Annual administration report of the Civil Veterinary Department of India - 1896-1897
Year: 1896
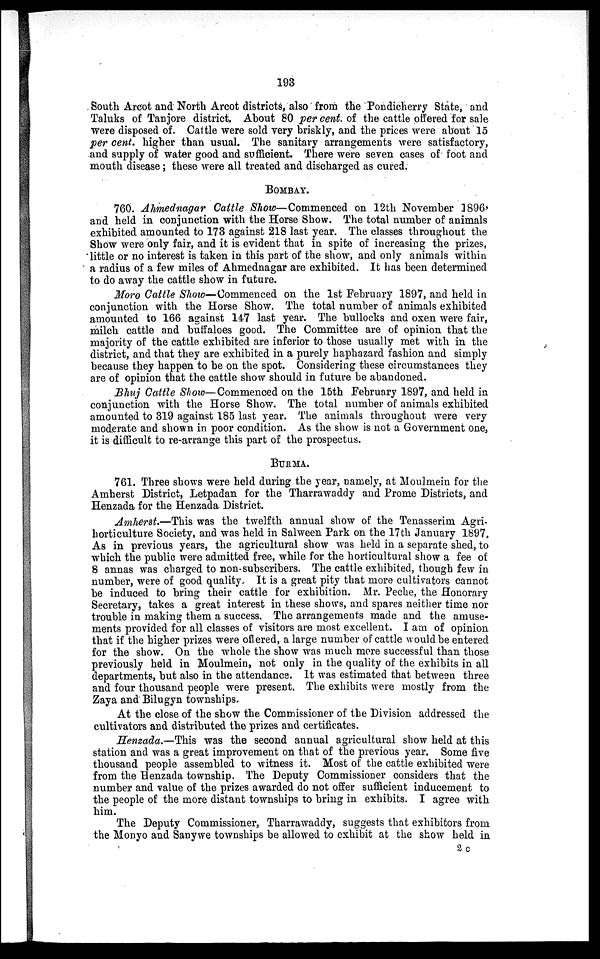
193
South Arcot and North Arcot districts, also from the Pondicherry State, and
Taluks of Tanjore district. About 80 per cent. of the cattle offered for sale
were disposed of. Cattle were sold very briskly, and the prices were about 15
per cent. higher than usual. The sanitary arrangements were satisfactory,
and supply of water good and sufficient. There were seven cases of foot and
mouth disease; these were all treated and discharged as cured.
BOMBAY.
760. Ahmednagar Cattle Show—Commenced on 12th November 1896,
and held in conjunction with the Horse Show. The total number of animals
exhibited amounted to 173 against 218 last year. The classes throughout the
Show were only fair, and it is evident that in spite of increasing the prizes,
little or no interest is taken in this part of the show, and only animals within
a radius of a few miles of Ahmednagar are exhibited. It has been determined
to do away the cattle show in future.
Moro Cattle Show—Commenced on the 1st February 1897, and held in
conjunction with the Horse Show. The total number of animals exhibited
amounted to 166 against 147 last year. The bullocks and oxen were fair,
milch cattle and buffaloes good. The Committee are of opinion that the
majority of the cattle exhibited are inferior to those usually met with in the
district, and that they are exhibited in a purely haphazard fashion and simply
because they happen to be on the spot. Considering these circumstances they
are of opinion that the cattle show should in future be abandoned.
Bhuj Cattle Show—Commenced on the 15th February 1897, and held in
conjunction with the Horse Show. The total number of animals exhibited
amounted to 319 against 185 last year. The animals throughout were very
moderate and shown in poor condition. As the show is not a Government one,
it is difficult to re-arrange this part of the prospectus.
BURMA.
761. Three shows were held during the year, namely, at Moulmein for the
Amherst District, Letpadan for the Tharrawaddy and Prome Districts, and
Henzada for the Henzada District.
Amherst.—This was the twelfth annual show of the Tenasserim Agri-
horticulture Society, and was held in Salween Park on the 17th January 1897.
As in previous years, the agricultural show was held in a separate shed, to
which the public were admitted free, while for the horticultural show a fee of
8 annas was charged to non-subscribers. The cattle exhibited, though few in
number, were of good quality. It is a great pity that more cultivators cannot
be induced to bring their cattle for exhibition. Mr. Peche, the Honorary
Secretary, takes a great interest in these shows, and spares neither time nor
trouble in making them a success. The arrangements made and the amuse-
ments provided for all classes of visitors are most excellent. I am of opinion
that if the higher prizes were oflered, a large number of cattle would be entered
for the show. On the whole the show was much more successful than those
previously held in Moulmein, not only in the quality of the exhibits in all
departments, but also in the attendance. It was estimated that between three
and four thousand people were present. The exhibits were mostly from the
Zaya and Bilugyn townships.
At the close of the show the Commissioner of the Division addressed the
cultivators and distributed the prizes and certificates.
Henzada.—This was the second annual agricultural show held at this
station and was a great improvement on that of the previous year. Some five
thousand people assembled to witness it. Most of the cattle exhibited were
from the Henzada township. The Deputy Commissioner considers that the
number and value of the prizes awarded do not offer sufficient inducement to
the people of the more distant townships to bring in exhibits. I agree with
him.
The Deputy Commissioner, Tharrawaddy, suggests that exhibitors from
the Monyo and Sanywe townships be allowed to exhibit at the show held in
2 c